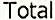
TOTAL